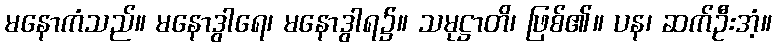
မနောကံသည်။ မနောဒွါရေ၊ မနောဒွါရ၌။ သမုဋ္ဌာတိ၊ ဖြစ်၏။ ပန၊ ဆက်ဦးအံ့။